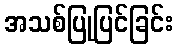
အသစ်ပြုပြင်ခြင်း